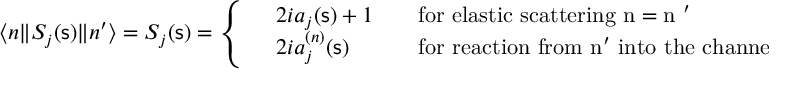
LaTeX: \langle n \| S _ { j } ( { \mathsf s } ) \| n ^ { \prime } \rangle = S _ { j } ( { \mathsf s } ) = \left\{ \begin{array} { l l l } { { } } & { { 2 i a _ { j } ( { \mathsf s } ) + 1 \quad } } & { { \mathrm { f o r ~ e l a s t i c ~ s c a t t e r i n g ~ n = n ~ ^ { \prime } ~ } } } \\ { { } } & { { 2 i a _ { j } ^ { ( n ) } ( { \mathsf s } ) \quad } } & { { \mathrm { f o r ~ r e a c t i o n ~ f r o m ~ n ^ { \prime } ~ i n t o ~ t h e ~ c h a n n e l ~ n ~ } \, , } } \end{array} \right.